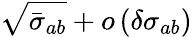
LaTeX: \sqrt{\bar{\sigma}_{ab}}+o\left(\delta\sigma_{ab}\right)